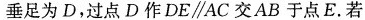
垂足为D，过点D作DE\parallel AC交AB于点E.若